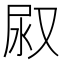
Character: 𭰇